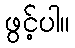
ဖွင့်ပါ။